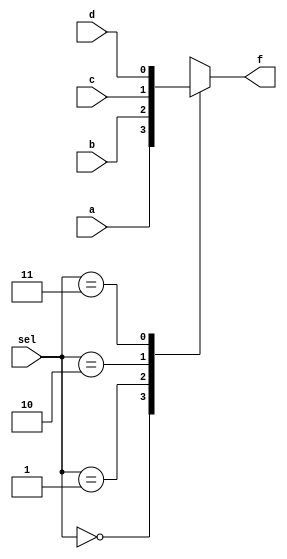
`timescale 1ns / 1ps
//////////////////////////////////////////////////////////////////////////////////
// Company: 
// Engineer: 
// 
// Design Name: 
// Module Name:    MUX8_1U4_1 
// Project Name: 
// Target Devices: 
// Tool versions: 
// Description: 
//
// Dependencies: 
//
// Revision: 
// Revision 0.01 - File Created
// Additional Comments: 
//
//////////////////////////////////////////////////////////////////////////////////
module mux4_1(a,b,c,d,sel,f);
	input a,b,c,d;
	input [1:0]sel;
	output reg f;
	
	always@(*)
		begin
		case(sel)
			2'b00 : f=a;
			2'b01 : f=b;
			2'b10 : f=c;
			2'b11 : f=d;
			default f=0;
		endcase
		end
endmodule

module mux2_1(a,b,sel,f);
	input a,b;
	input sel;
	output reg f;
	
	always@(*)
	begin
		case (sel)
			1'b0 : f=a;
			1'b1 : f=b;
			default f=0;
		endcase
	end
endmodule

module MUX8_1U4_1(
    input i0,
    input i1,
    input i2,
    input i3,
    input i4,
    input i5,
    input i6,
    input i7,
    input [2:0] sel,
    output f
    );
	
	 mux4_1 a1(i0,i1,i2,i3,sel[1:0],x1);
	 mux4_1 a2(i4,i5,i6,i7,sel[1:0],x2);
	 mux2_1 a3(x1,x2,sel[2],f);

endmodule